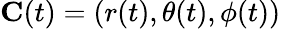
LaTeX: \mathbf{C}(t)=(r(t),\theta(t),\phi(t))